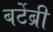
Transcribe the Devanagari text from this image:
बर्टेब्री